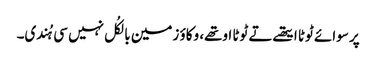
پر سوائے ٹوٹا ایتھے تے ٹوٹا اوتھے، وکاؤ زمین بالکُل نہیں سی ہُندی۔